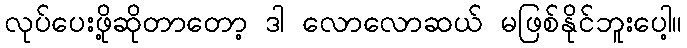
လုပ်ပေးဖို့ဆိုတာတော့ ဒါ လောလောဆယ် မဖြစ်နိုင်ဘူးပေါ့။